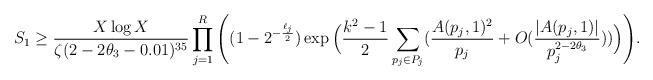
LaTeX: \begin{align*} S_1\geq \frac{X\log X}{\zeta(2-2\theta_3-0.01)^{35}} \prod_{j=1}^R\Bigg ((1-2^{-\frac{\ell_j}{2}})\exp\Big(\frac{k^2-1} {2}\sum_{p_j\in P_j}(\frac{A(p_j,1)^2}{p_j}+O(\frac{|A(p_j,1)|}{p_j^{2-2\theta_3}}))\Big)\Bigg ).\end{align*}